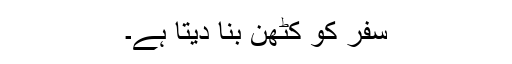
سفر کو کٹھن بنا دیتا ہے۔